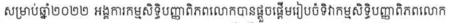
សម្រាប់ឆ្នាំ២០២២ អង្គការកម្មសិទិ្ធបញ្ញាពិភពលោកបានផ្តួចផ្តើមរៀបចំទិវាកម្មសិទិ្ធបញ្ញាពិភពលោក